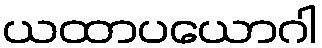
ယထာပယောဂါ